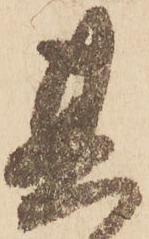
其